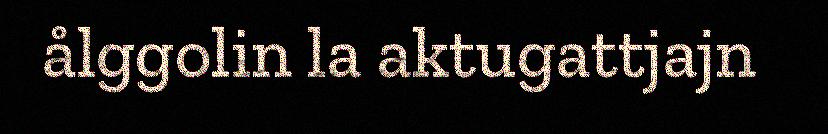
ålggolin la aktugattjajn